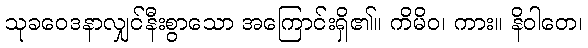
သုခဝေဒနာလျှင်နီးစွာသော အကြောင်းရှိ၏။ ကိမိဝ၊ ကား။ နိဝါတေ၊